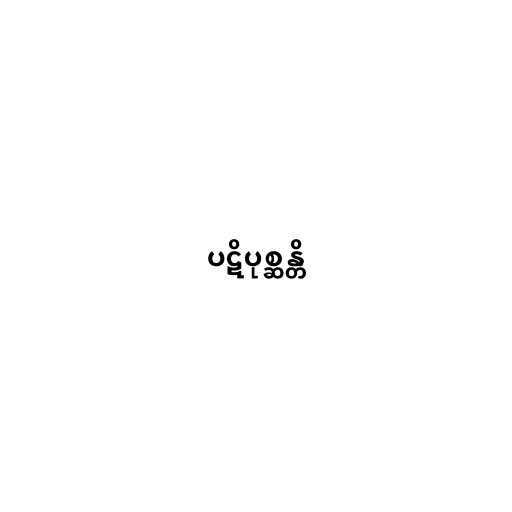
ပဋိပုစ္ဆန္တိ